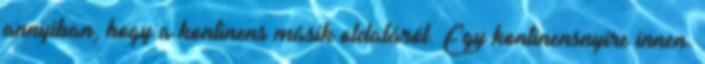
annyiban, hogy a kontinens másik oldaláról. Egy kontinensnyire innen.